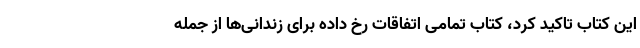
این کتاب تاکید کرد، کتاب تمامی اتفاقات رخ داده برای زندانی‌ها از جمله